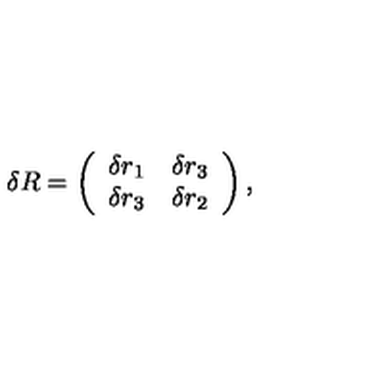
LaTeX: \delta R = \left( \begin{array} { c r c } { \delta r _ { 1 } } & { \delta r _ { 3 } } \\ { \delta r _ { 3 } } & { \delta r _ { 2 } } \\ \end{array} \right) ,